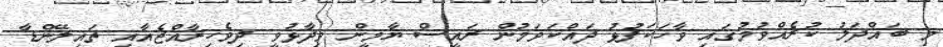
މި ބައްދަލު ކުރެއްވުމުގައި ވާހަކަފުޅު ދައްކަވަމުން ރައީސް ޔާމީން ވިދާޅުވީ ދިވެހިރާއްޖެއާއި ތައިލޭންޑާ